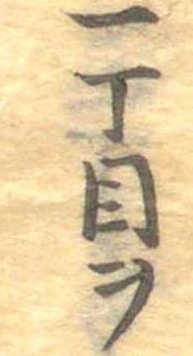
一丁目ヲ